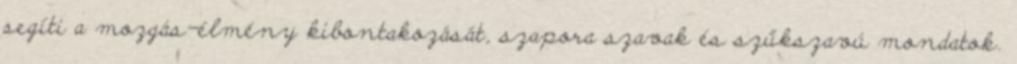
segíti a mozgás-élmény kibontakozását, szapora szavak és szűkszavú mondatok.